Calcutta medical institutions reports 1892-1900
Year: 1892
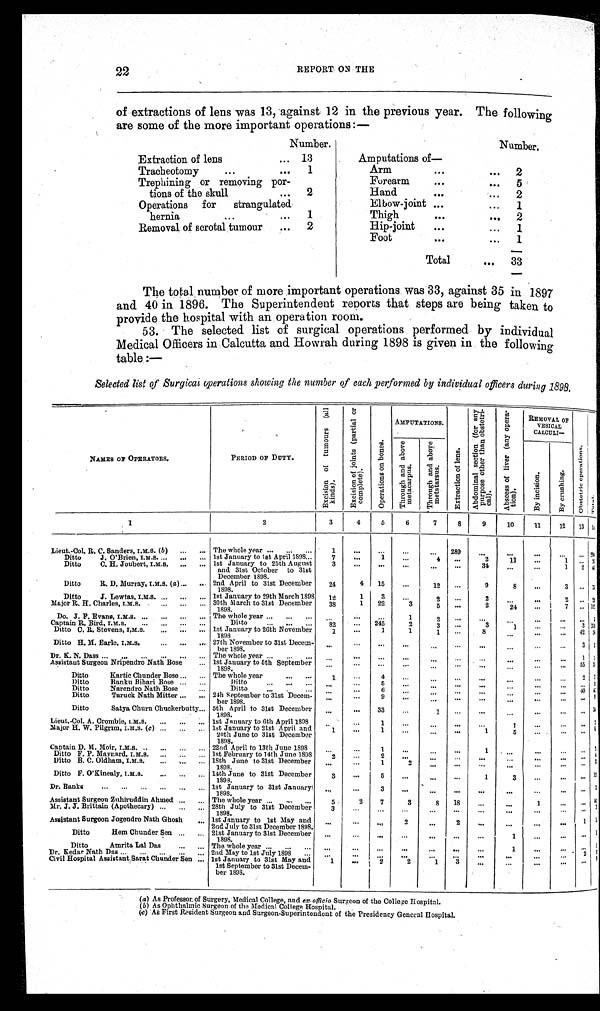
22
REPORT ON THE
of extractions of lens was 13, against 12 in the previous year. The following
are some of the more important operations:—
Number.
Number.
Extraction of lens
... 13
Amputations of —
Tracheotomy
...
...
1
Arm
..
.
... 2
Trephining or removing por-
Forearm
. . .
... 5
tions of the skull
... 2
Hand
. . .
. . . 2
Operations for strangulated
Elbow-joint ...
...
1
hernia
...
...
1
Thigh
. . .
... 2
Removal of scrotal tumour
...
2
Hip-joint
...
...
1
Foot
...
...
1
Total
... 33
The total number of more important operations was 33, against 35 in 1897
and 40 in 1896. The Superintendent reports that steps are being taken to
provide the hospital with an operation room.
53. The selected list of surgical operations performed by individual
Medical Officers in Calcutta and Howrah during 1898 is given in the following
table :
—
Selected list of Surgical operations showing the number of each performed by individual officers during 1898.
NAMES OF OPERATORS.
PERIOD OF DUTY.
E x c i s i o n o f t u m o u r s ( a l l k i n d s ) .
E x c i s i o n o f j o i n t s ( p a r t i a l o r c o m p l e t e ) .
O p e r a t i o n s o n b o n e s .
AMPUTATIONS.
E x t r a c t i o n o f l e n s .
A b d o m i n a l s e c t i o n ( f o r a n y p u r p o s e o t h e r t h a n o b s t e t r i c a l ) .
A b s c e s s o f l i v e r ( a n y o p e r a t i o n ) .
REMOVAL OF
VESICAL
CALCULI-
O b s t e t r i c o p e r a t i o n s .
T o t a l .
T h r o u g h a n d a b o v e m e t a c a r p u s .
T h r o u g h a n d a b o v e m a t a t a r s u s .
B y i n c i s i o n .
By crushing.
1
2
3
4
5
6
7
8
9
10
11
12 13 1 4
Lieut.-Col. R. C. Sanders, I.M.S. (b) ... ... The whole year ... ...
. . .
1
. . .
. . .
. . .
... 289
. . .
. . .
. . .
. . . . . . 2 9
Ditto J. O'Brien, I.M.S. ... ... ... 1st January to 1st April 1898 ...
7
. . . 1
. . .
4
. . .
2
11
...
1
. . . 2 6
Ditto C. H. Joubert, I.M.S. ... ... 1st January to 25th August
and 31st October to 31st
December 1898.
3
. . .
. . .
. . .
. . .
. . .
34
...
...
1 2 4 0
Ditto R. D. Murray, I.M.S. (a ) ... ... 2nd April to 31st December
1898.
24
4 15
. . .
12 ...
9
8
...
3
. . . 7 5
Ditto J. Lewtas, I.M.S. ... ... ... 1st January to 29th March 1898 12
1
3
...
2
. . .
2
...
. . .
2 . . . 2
Major R. H. Charles, I.M.S.
... ... ... 30th March to 31st December
1898.
38
1 22
3
5
. . .
2
24
...
7 ... 1 0
Do. J. F. Evans, I.M.S. ... ... ... ... The whole year ... ... ... ...
. . . ...
1
2
. . .
. . .
. . .
...
. . . . . . 3
Captain R. Bird, I.M.S.
... ... ... ...
Ditto
... ... ... 82
... 245
2
3
. . .
3
1
. . . ... 3 3 3
Ditto C. R. Stevens, I.M.S.
... ... ... 1st January to 26th November
1898
1
. . .
1
1
1 ...
8
...
...
... 42 54
Ditto H. M. Earle, I.M.S.
. . .
... ... 27th November to 31st Decem-
ber 1898.
...
...
...
...
...
. . .
. . .
. . .
... ... 3
Dr. K. N. Dass ... ... ... ... ... ... The whole year ... ... ... . . .
. . . ...
...
. . . . . .
. . .
. . .
...
. . . 1 1
Assistant Surgeon Nripendro Nath Bose
... 1st January to 5th September
1898.
. . .
. . .
. . . ...
...
. . .
. . .
...
... ... 55 3 3
Ditto Kartic Chunder Bose ... ... The whole year
...
. . .
1
...
4
. . .
. . . . . .
...
. . .
...
... 2 7
Ditto Banku Bihari Bose ... ...
Di t t o
. . . ...
. . . ...
. . . 5
...
. . .
. . .
. . .
. . .
. . . ...
. . .
Ditto Narendro Nath Bose
...
Ditto
..
. ...
. . .
... ...
6
...
. . .
. . .
. . .
. . .
...
. . . 4 0 4
Ditto Taruck Nath Mitter ... ... 24th September to 31st Decem-
ber 1898.
...
...
9
...
...
. . .
. . .
. . .
...
...
...
9
Ditto Satya Churn Chuckerbutty... 5th April to 31st December
1898.
...
...
33
. . .
1
. . .
. . .
. . .
. . .
. . . . . . 3 4
Lieut.-Col. A. Crombie, I.M.S. ... ... ... 1st January to 6th April 1898
. . .
. . . 1
. . . ...
...
. . .
1
. . . . . . ... 1
Major H. W. Pilgrim, I.M.S. (c ) ... ... ... 1st January to 21st April and
20th June to 31st December
1898.
1 ...
1
...
...
. . .
1
5
. . . . . .
. . . 8
Captain D. M. Moir, I.M.S. . . .
. . . ... ... 22nd April to 13th June 1898
. . .
. . .
1
. . .
. . . ...
1
. . .
. . . ... ...
Ditto F. P. Maynard, I.M.S. ... ... ... 1st February to 14th June 1898
2
. . . 2 ...
. . . ...
...
. . .
... ... ... 4
Ditto B. C. Oldham, I.M.S. ... ... ... 18th June to 31st December
1898.
...
...
1
2
. . .
. . .
. . .
. . .
. . .
. . . . . . 3
Ditto F. O'Kinealy, I.M.S.
... ... ... 14th June to 31st December
1898.
3
. . . 5
. . .
...
...
1
3
...
. . . . . . 1
Dr. Banks
... ... ... ... ... ... 1st January to 31st January
1898.
. . .
. . .
3
. . .
. . .
. . .
. . .
. . .
. . . . . .
. . . 3
Assistant Surgeon Zuhiruddin Ahmed ... ... The whole year ... ... ...
5
2
7
3
8 18
...
. . .
1
. . .
. . . 4
Mr. J. J. Brittain (Apothecary) ... ... ...
2 8 t h J u l y t o 3 1 s t D e c e m b e r
1898.
3
. . . ...
...
...
...
...
...
...
...
. . . 3
Assistant Surgeon Jogendro Nath Ghosh ... 1st January to 1st May an d
2nd July to 31st December 1898.
. . .
. . .
. . .
2
. . .
2
. . .
. . .
... ...
1 5
Ditto Hem Chunder Sen ... ... 21st January to 31st December
1898.
...
. . .
...
...
. . .
...
...
1
...
. . . ... 1
Ditto Amrita Lal Das
... ... The whole year ... ...
. . . . . .
. . .
...
...
. . . ...
...
1
...
. . . ... 1
Dr. Kedar Nath Das ... ... ... ... ... 2nd May to 1st July 1898 ...
. . .
. . .
. . . ...
. . . . . .
. . .
. . .
. . .
. . .
2
Civil Hospital Assistant Sarat Chunder Sen ... 1st January to 31st May and
1st September to 31st Decem-
ber 1898.
1
...
2
2
1
3
. . .
. . .
...
. . .
. . . 9
(a)As Professor of Surgery, Medical College, and ex-officio Surgeon of the College Hospital.
(b)As Ophthalmic Surgeon of the Medical College Hospital.
(c)
As Fi rst Resi dent Surgeon and Surgeon-Superi ntendent of the Presi dency General Hospi tal .